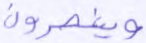
وينصرون